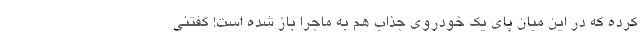
کرده که در این میان پای یک خودروی جذاب هم به ماجرا باز شده است! گفتنی